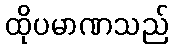
ထိုပမာဏသည်